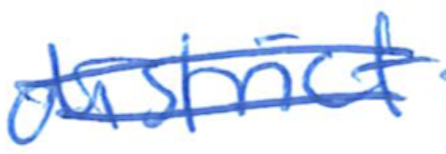
Text: district
Cross-out: double-line
Writing tool: ballpoint